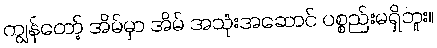
ကျွန်တော့် အိမ်မှာ အိမ် အသုံးအဆောင် ပစ္စည်းမရှိဘူး။